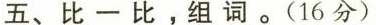
五、比一比，组词。(16分)